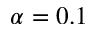
\alpha = 0 . 1